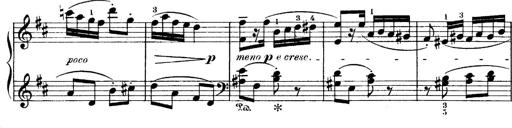
Title: 4 Sonatines
Composer: Max Reger